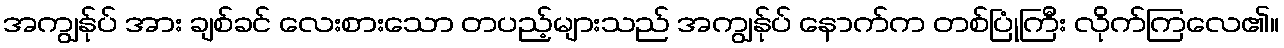
အကျွန်ုပ် အား ချစ်ခင် လေးစားသော တပည့်များသည် အကျွန်ုပ် နောက်က တစ်ပြုံကြီး လိုက်ကြလေ၏။